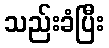
သည်းခံပြီး